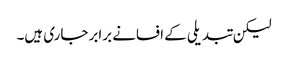
لیکن تبدیلی کے افسانے برابر جاری ہیں۔